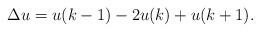
LaTeX: \begin{align*}\Delta u = u(k-1) -2u(k) + u(k+1).\end{align*}